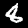
Label: 8